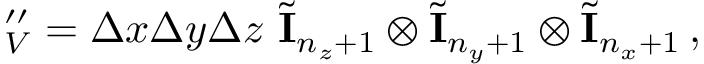
\mathbf \Lambda _ { V } ^ { \prime \prime } = \Delta x \Delta y \Delta z \ \tilde { \mathbf I } _ { n _ { z } + 1 } \otimes \tilde { \mathbf I } _ { n _ { y } + 1 } \otimes \tilde { \mathbf I } _ { n _ { x } + 1 } \, ,